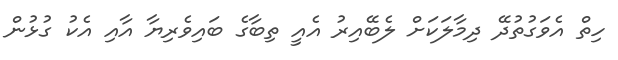
ހިތް އެވަގުތުދޭ ދިމާލަކަށް ލެބޭއިރު އެއީ ތިބާގެ ބައިވެރިޔާ އާއި އެކު ގުޅުން